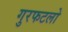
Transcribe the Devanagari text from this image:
गुरफटलो